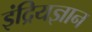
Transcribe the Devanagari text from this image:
इंद्रियज्ञान